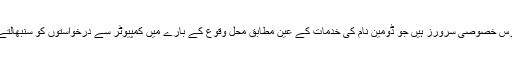
نامسرس خصوصی سرورز ہیں جو ڈومین نام کی خدمات کے عین مطابق محل وقوع کے بارے میں کمپیوٹر سے درخواستوں کو سنبھالتے ہیں۔